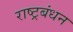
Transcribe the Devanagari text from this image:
राष्ट्रबंधन